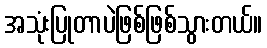
အသုံးပြုတာပဲဖြစ်ဖြစ်သွားတယ်။